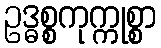
ဥဒ္ဓစ္စကုက္ကုစ္စာ